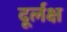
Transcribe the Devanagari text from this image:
दूर्लक्ष